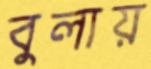
বুলায়